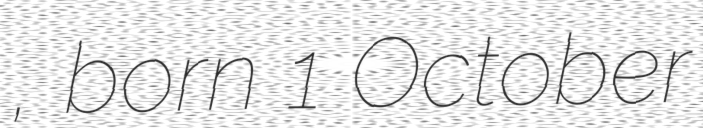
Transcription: Дангалакова, born 1 October